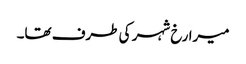
میرا رخ شہر کی طرف تھا۔